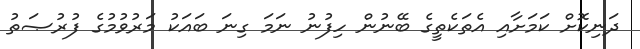
ދަނިކޮށް ކަމަށާއި އެތަކެތީގެ ބޭނުން ހިފުނު ނަމަ ގިނަ ބައަކު މަރުވުމުގެ ފުރުޞަތު